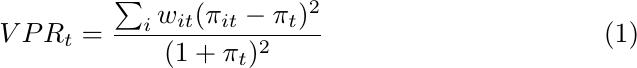
\begin{equation}
VPR_{t} =\frac{\sum _{i} w_{it}( \pi _{it} -\pi_{t})^{2}}{( 1+\pi_{t})^{2}}
\end{equation}